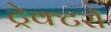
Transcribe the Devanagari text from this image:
ट्रेक्टरों